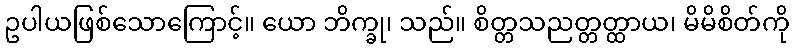
ဥပါယဖြစ်သောကြောင့်။ ယော ဘိက္ခု၊ သည်။ စိတ္တသညတ္တတ္ထာယ၊ မိမိစိတ်ကို